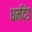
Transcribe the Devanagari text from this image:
धर्मदंड